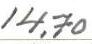
14,70